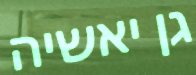
גן יאשיה